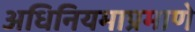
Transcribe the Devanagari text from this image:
अधिनियमाप्रमाणे